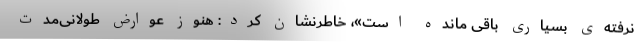
نرفته‌ی بسیاری باقی مانده است»، خاطرنشان کرد: هنوز عوارض طولانی‌مدت